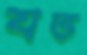
যত্ত